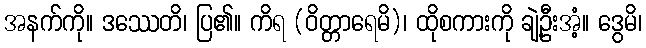
အနက်ကို။ ဒဿေတိ၊ ပြ၏။ ကိရ (ဝိတ္တာရေမိ)၊ ထိုစကားကို ချဲ့ဦးအံ့။ ဒွေမိ၊